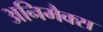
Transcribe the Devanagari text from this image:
अनिमैक्स